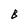
Character: B